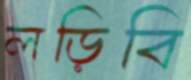
লড়িবি